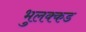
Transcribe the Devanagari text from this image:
भुलक्कड